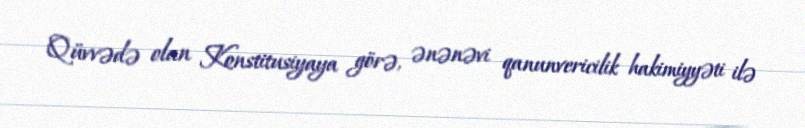
Qüvvədə olan Konstitusiyaya görə, ənənəvi qanunvericilik hakimiyyəti ilə